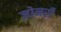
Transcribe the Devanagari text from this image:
ज़ोनरी